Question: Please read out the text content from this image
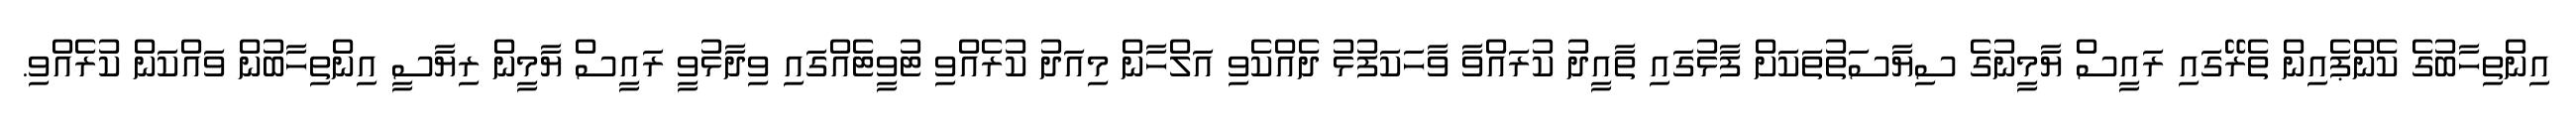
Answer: އިންތިހާބުގެ ކެންޕެއިން ތެރޭގައި ރައީސް ޔާމީނުގެ ސިޔާސަތުތަކަށް ފާޅުގައި ތާއީދު ކުރައްވާ ވާހަކަފުޅު ދެއްކެވި އަލްހާން މިއަދު ކުރެއްވި ޓުވީޓެއްގައި ވިދާޅުވީ ރައީސް ޔާމީން ރިޔާސީ އިންތިހާބުން ވައްކަން ކުރެއްވި.